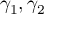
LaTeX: \gamma _ { 1 } , \gamma _ { 2 }